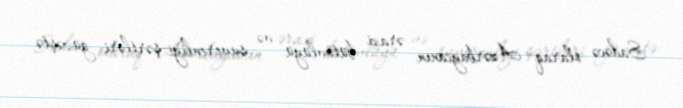
Sadəcə olaraq Azərbaycanın ərazi bütövlüyü və suverenliyi şərtləri güzəştə